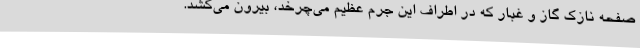
صفحه نازک گاز و غبار که در اطراف این جرم عظیم می‌چرخد، بیرون می‌کشد.